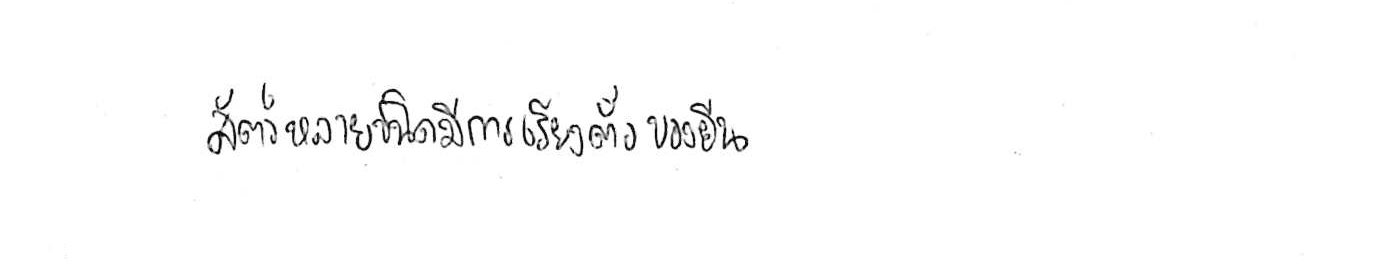
สัตว์หลายชนิดมีการเรียงตัวของยีน